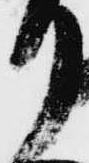
り